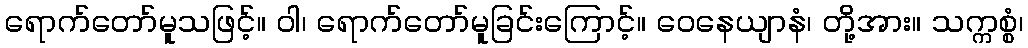
ရောက်တော်မူသဖြင့်။ ဝါ၊ ရောက်တော်မူခြင်းကြောင့်။ ဝေနေယျာနံ၊ တို့အား။ သက္ကစ္စံ၊